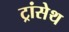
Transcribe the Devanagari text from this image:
ट्रांसेथ